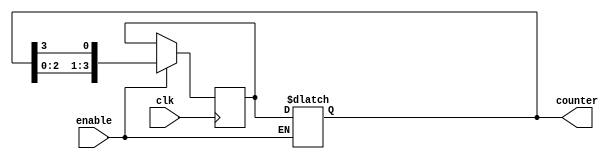
module johnson_counter_with_enable (
    input wire clk,
    input wire enable,
    output reg [3:0] counter
);

reg [3:0] next_counter;

always @(posedge clk) begin
    if (enable) begin
        next_counter <= {counter[2:0], counter[3]};
    end
end

always @* begin
    if (enable) begin
        counter <= next_counter;
    end
end

endmodule